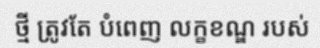
ថ្មី ត្រូវតែ បំពេញ លក្ខខណ្ឌ របស់